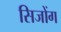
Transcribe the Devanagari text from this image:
सिजोंग